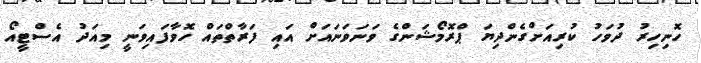
ހޮނިހިރު ދުވަހު ކުރިއަށްގެންދިޔަ ޕްރޮމޯޝަންގެ ވަނަވަނައަށް އައި ފަރާތްތައް ހޮވާފައިވަނީ މިއަދު އެސްޓީއޯ